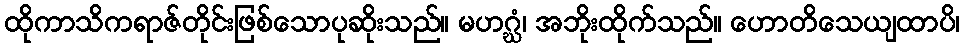
ထိုကာသိကရာဇ်တိုင်းဖြစ်သောပုဆိုးသည်။ မဟဂ္ဃံ၊ အဘိုးထိုက်သည်။ ဟောတိသေယျထာပိ၊